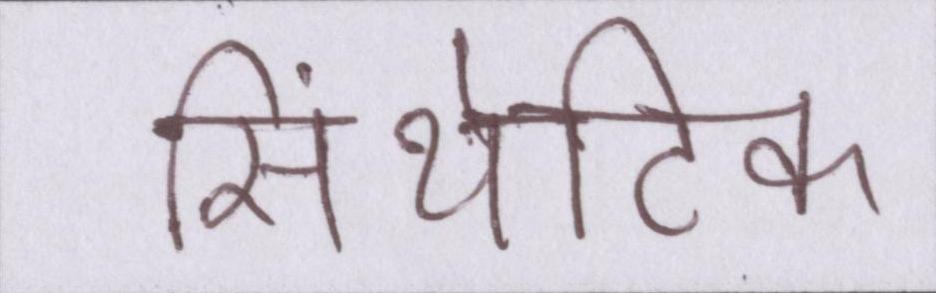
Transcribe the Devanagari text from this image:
सिंथेटिक